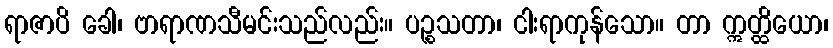
ရာဇာပိ ခေါ၊ ဗာရာဏသီမင်းသည်လည်း။ ပဉ္စသတာ၊ ငါးရာကုန်သော။ တာ ဣတ္ထိယော၊